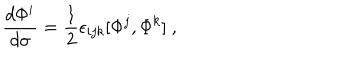
{ \frac { d \Phi ^ { i } } { d \sigma } } = { \frac { 1 } { 2 } } \epsilon _ { i j k } [ \Phi ^ { j } , \Phi ^ { k } ] \ ,